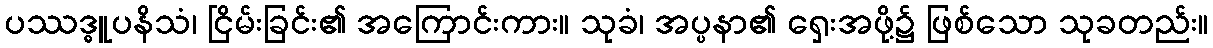
ပဿဒ္ဓူပနိသံ၊ ငြိမ်းခြင်း၏ အကြောင်းကား။ သုခံ၊ အပ္ပနာ၏ ရှေးအဖို့၌ ဖြစ်သော သုခတည်း။